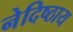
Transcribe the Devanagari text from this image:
नेदिष्ठाय